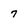
Character: 7